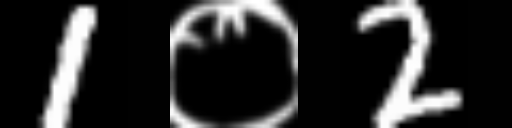
Text: 1०2